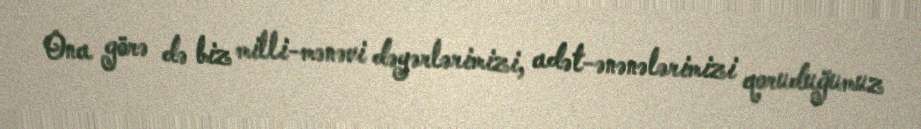
Ona görə də biz milli-mənəvi dəyərlərimizi, adət-ənənələrimizi qoruduğumuz